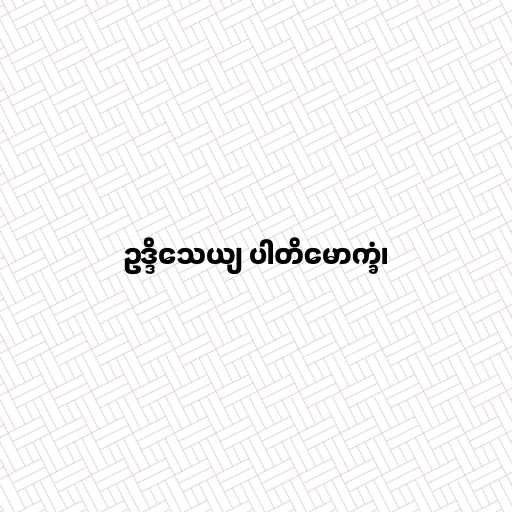
ဥဒ္ဒိသေယျ ပါတိမောက္ခံ၊